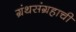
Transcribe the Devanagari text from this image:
ग्रंथसंग्रहाची